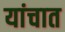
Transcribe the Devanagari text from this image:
यांचात